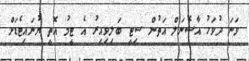
ވަނަ ދުވަހު އާސެނަލް އަތުން ސިޓީ ބަލިވިއިރު އެ ޓީމު އޮތީ ޔުނައިޓެޑަށް